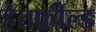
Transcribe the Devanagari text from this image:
हेतफ़ील्ड